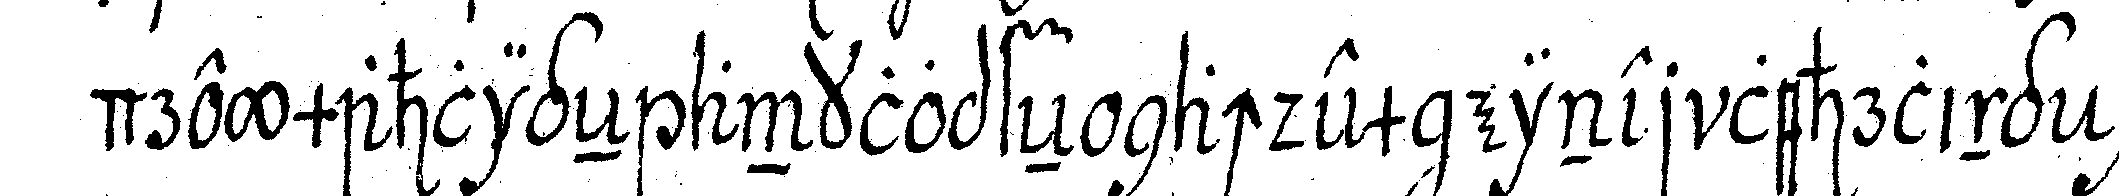
dreymahligeN anklopfeN nachdem einer lehrling ge